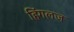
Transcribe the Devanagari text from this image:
हिंगलज